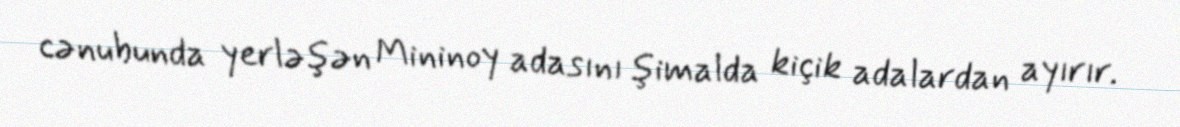
cənubunda yerləşən Mininoy adasını şimalda kiçik adalardan ayırır.